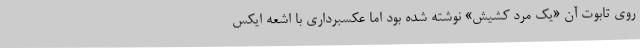
روی تابوت آن «یک مرد کشیش» نوشته شده بود اما عکسبرداری با اشعه ایکس